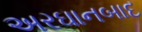
અરઘાનબાદ